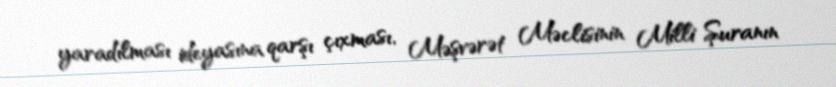
yaradılması ideyasına qarşı çıxması, Məşvərət Məclisinin Milli Şuranın